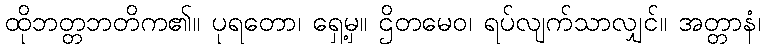
ထိုဘတ္တဘတိက၏။ ပုရတော၊ ရှေ့မှ။ ဌိတမေဝ၊ ရပ်လျက်သာလျှင်။ အတ္တာနံ၊